Mental hospitals Bombay report 1921-28 - 1921-1928
Year: 1921
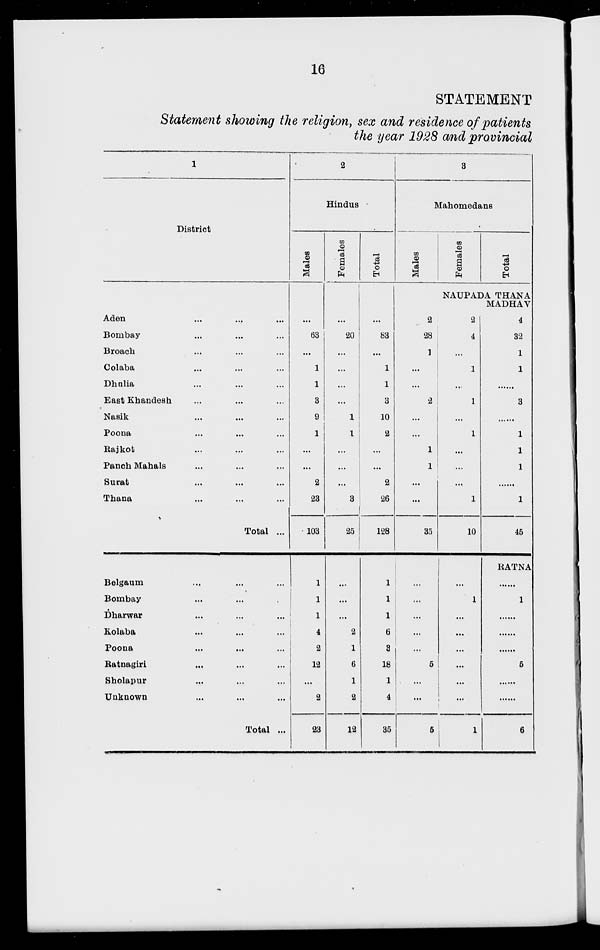
16
STATEMENT
Statement showing the religion, sex and residence of patients
the year 1928 and provincial
1
District
Aden ... ... ...
Bombay... ... ...
Broach... ... ...
Colaba... ... ...
Dhulia... ... ...
East Khandesh... ... ...
Nasik... ... ...
Poona... ... ...
Rajkot ... ... ...
Panch Mahals... ... ...
Surat... ... ...
Thana... ... ...
Total ...
Belgaum... ... ...
Bombay... ... ...
Dharwar... ... ...
Kolaba... ... ...
Poona... ... ...
Ratnagiri... ... ...
Sholapur... ... ...
Unknown... ... ...
Total ...
2
Hindus
Males
...
63
...
1
1
3
9
1
...
...
2
23
103
1
1
1
4
2
12
...
2
23
Females
...
20
...
...
...
...
1
1
...
...
...
3
25
...
...
...
2
1
6
1
2
12
Total
...
83
...
1
1
3
10
2
...
...
2
26
128
1
1
1
6
3
18
1
4
35
3
Mahomedans
Males
2
28
1
...
...
2
...
...
1
1
...
...
35
...
...
...
...
...
5
...
...
5
Females
Total
NAUPADA THANA
MADHAV
2
4
...
1
...
1
...
1
...
...
...
1
10
...
1
...
...
...
...
...
...
1
4
32
1
1
......
3
...
1
1
1
...
1
45
RATNA
......
1
...
...
...
5
......
......
6